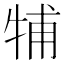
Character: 𤙭